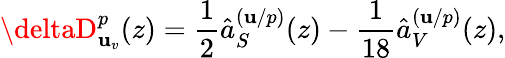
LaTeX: \deltaD_{\mathbf{u}_{v}}^{p}(z)=\frac{{1}}{{2}}\hat{{a}}_{S}^{(\mathbf{u}/p)}(z)-\frac{{1}}{{18}}\hat{{a}}_{V}^{(\mathbf{u}/p)}(z),